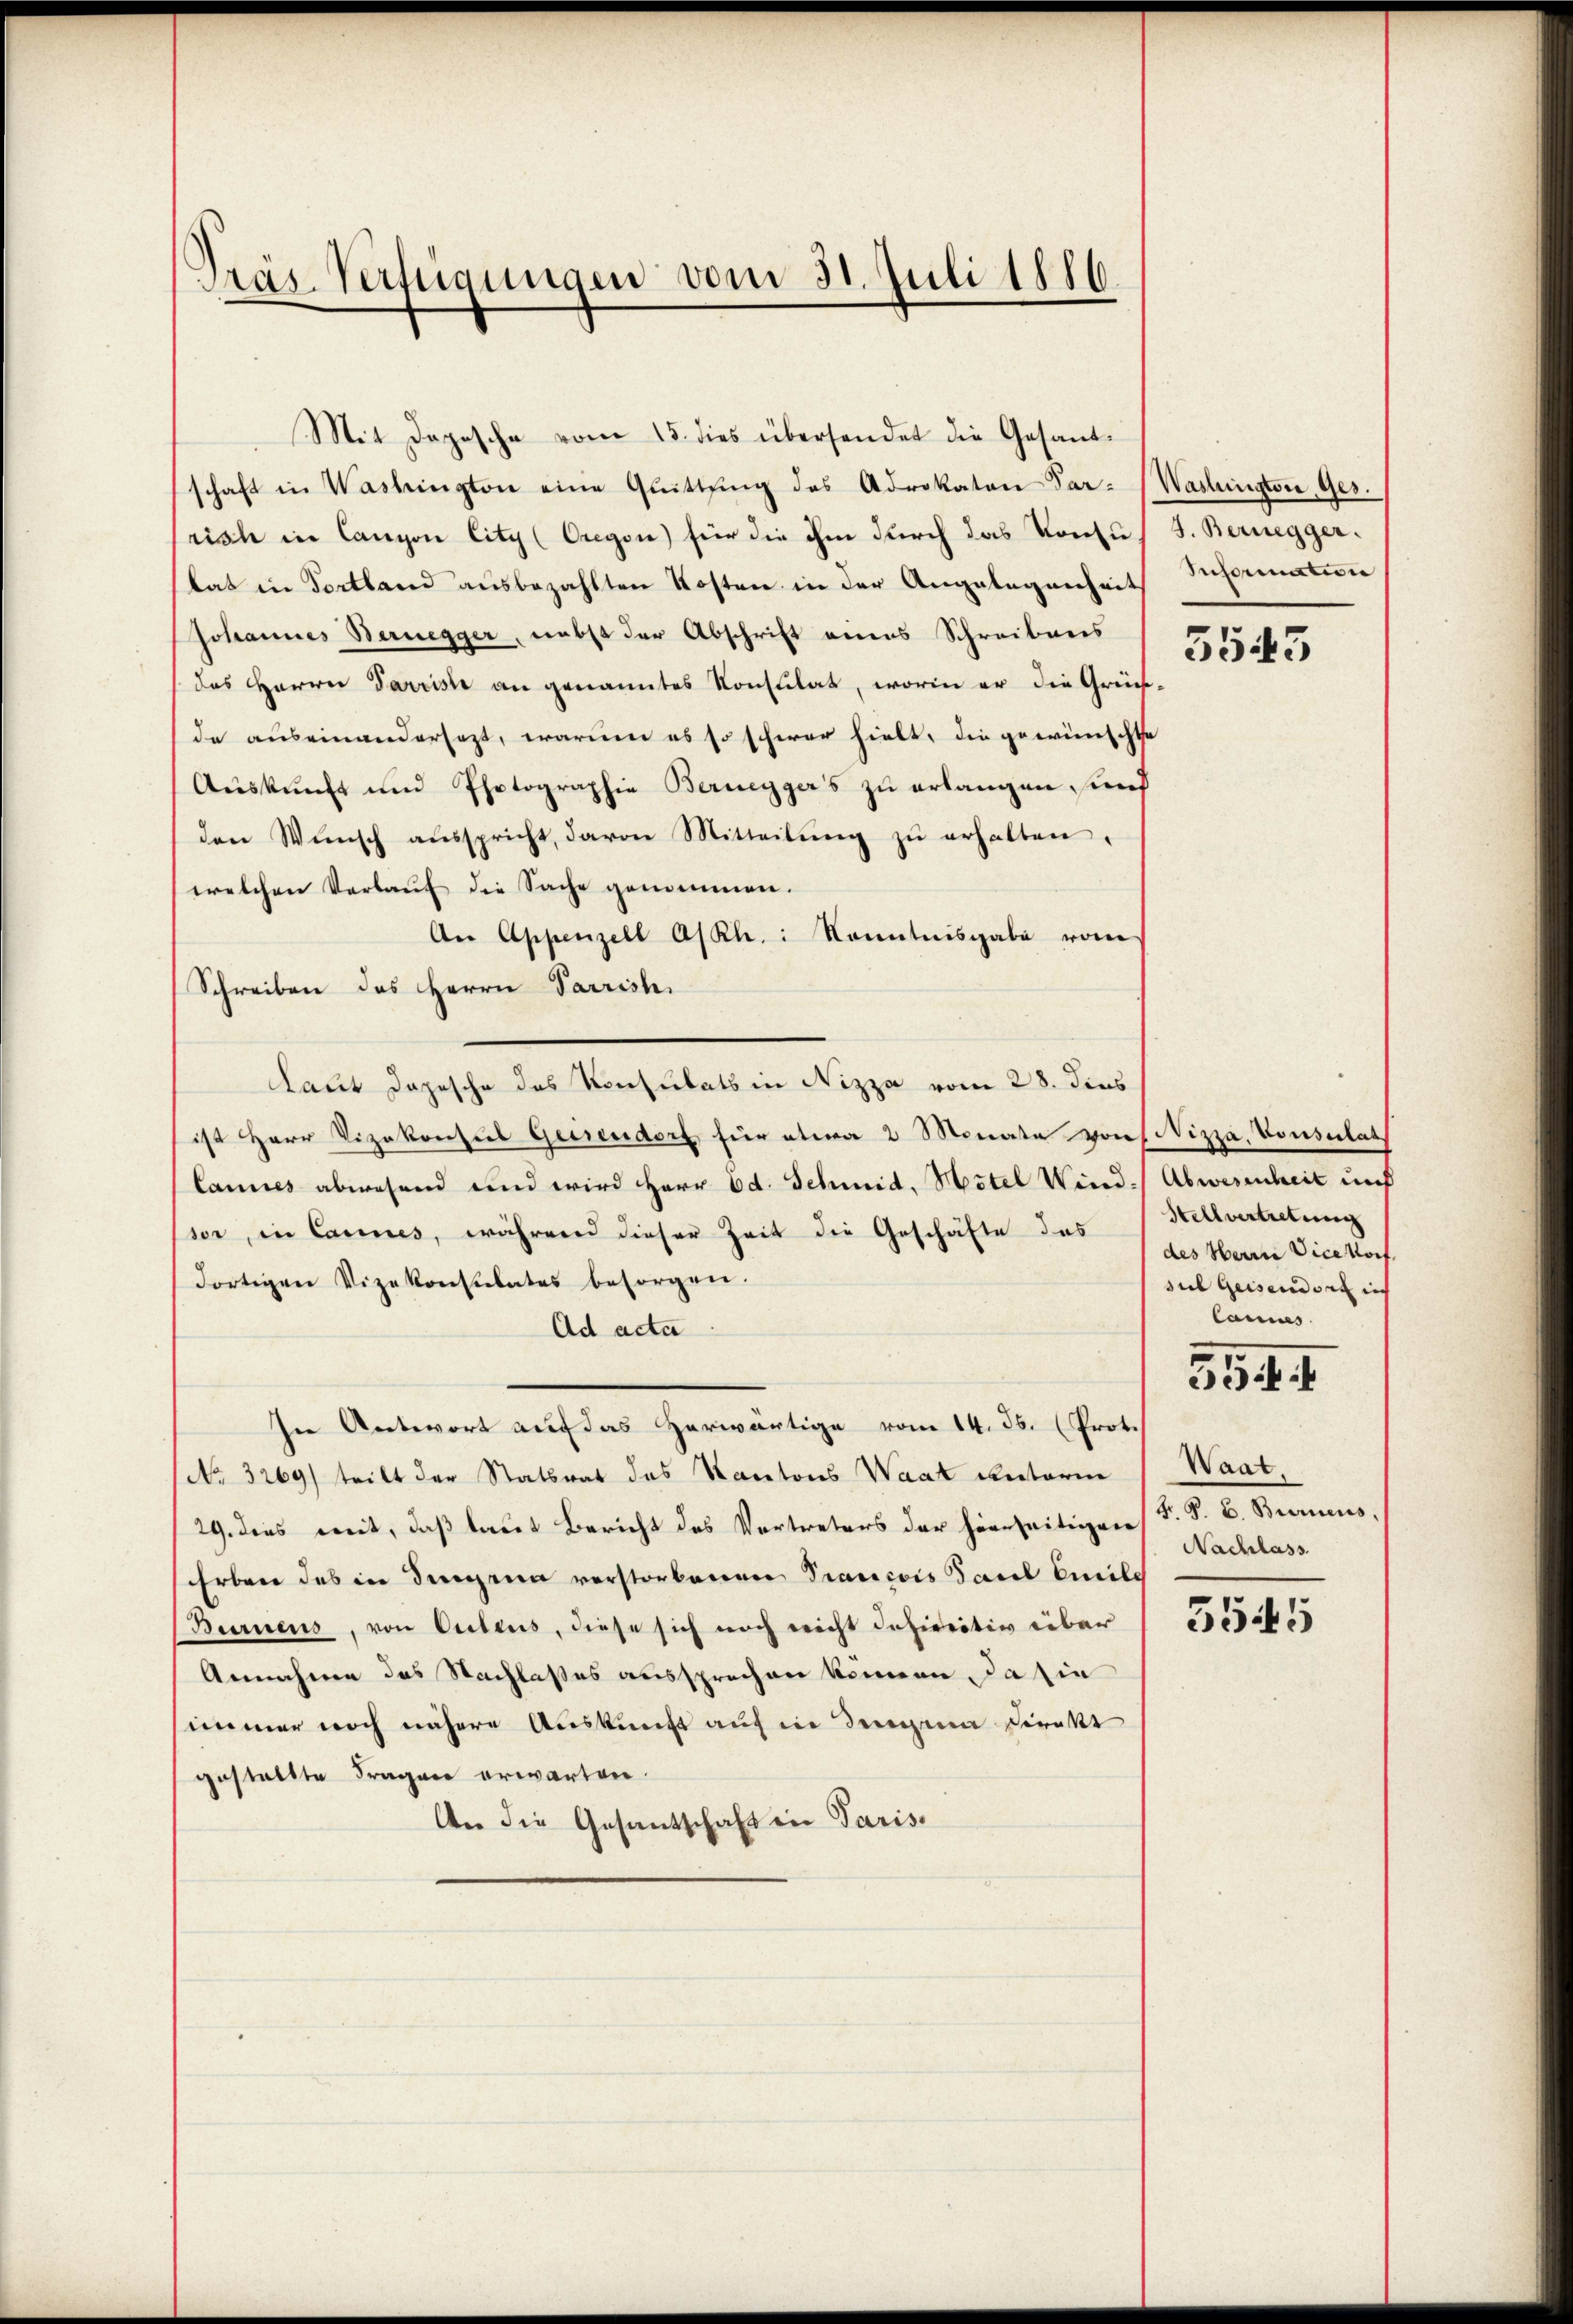
Präs. Verfügungen vom 31. Juli 1886

Mit Depesche vom 15. dies übersendet die Gesandschaft in Washington eine Quittung des Advokaten Par-Washington, Ges.
risch in Canzon City (Oregen) für die ihm durch das Konsus J. Bernegger.
lat in Fortland ausbezahlten Kosten in der Angelegenheit Infornation
Johannes Bernegger, nebst der Abschrift eines Schreibens
(das Herrn Parrisse an genanntes Konsulat, worin er die Gründe auseinandersezt, warum es so schwer hielt, die gewünschte
Auskunft und Photographie Bernegger’s zu erlangen und
den Wŭnsch aŭsspricht, davon Mitteilŭng zŭ erhalten.
welchen Verlaŭf die Sache genommen.
An Appenzell A/Rh.: Kenntnisgabe vom
Schreiben des Herrn Parrish
Laut Dojesche des Konsulats in Nizza vom 28. dies
ist HHerr Vizekonses Geisendorf für etwa 2 Monate von Nizza, Vonsulats
Cannes abwesend und wird Herr Ed. Schmid, Hotel Wind. Abwesenheit und
sor, in Cannes, während dieser Zeit die Geschäfte das Stellvertretung
dortigen Vizekonsulates besorgen.
Ad acta
In Antwort auf das herwärtige vom 14. ds. (Prot.
No 3269) teilt der Statsrat des Kantons Waat unterm
29. dies mit, daß laut Bericht des Vertreters der hierseitigen (T. S. B. Burnens,
Erben des in dingnia verstorbenen Prancois Tarl Emile
Burnens, von Ortens, diese sich noch nicht dahireitiv über
Annahme des Nachlaßes aussprechen können, da sie
immer noch nähere Auskunft auf in Begina Direkt
gestallte Fragen erwarten.
An die Gesantschaft in Paris

3543

des Herrn Vicekorf.
sil Geisendort nich
lannes.

354. 1

Waat.
Nachlass

3545